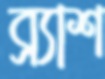
ব্র্যাশ